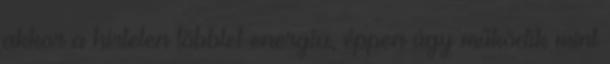
akkor a hirtelen többlet energia, éppen úgy működik mint